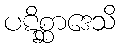
ပဋိစ္ဆာဒေသိ